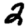
Digit: 2